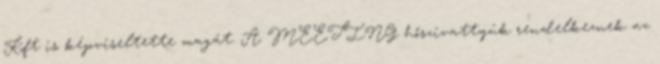
Kft is képviseltette magát. A MEETING hőszivattyúk rendelkeznek az